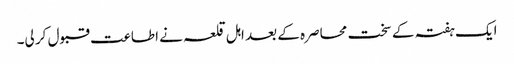
ایک ہفتہ کے سخت محاصرہ کے بعد اہل قلعہ نے اطاعت قبول کر لی۔